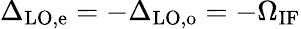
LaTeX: \Delta_{\mathrm{LO,e}}=-\Delta_{\mathrm{LO,o}}=-\Omega_{\mathrm{IF}}